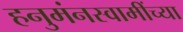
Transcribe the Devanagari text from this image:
हनुमंनस्वामींच्या